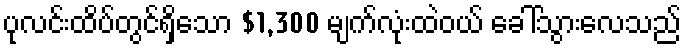
ပုလင်းထိပ်တွင်ရှိသော $1,300 မျက်လုံးထဲဝယ် ခေါ်သွားလေသည်